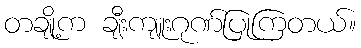
တချို့က ချီးကျူးဂုဏ်ပြုကြတယ်။